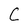
Character: C